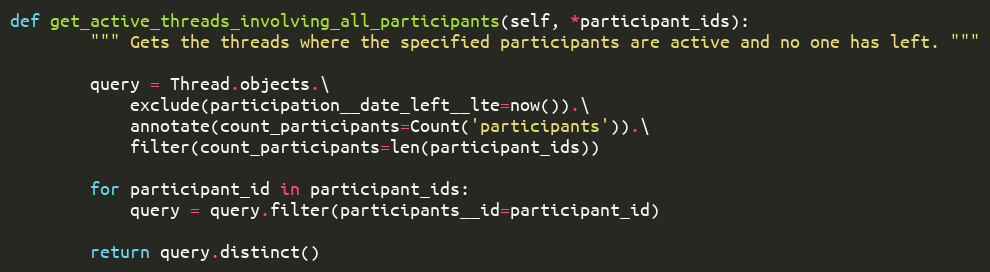
Language: Python
def get_active_threads_involving_all_participants(self, *participant_ids):
        """ Gets the threads where the specified participants are active and no one has left. """

        query = Thread.objects.\
            exclude(participation__date_left__lte=now()).\
            annotate(count_participants=Count('participants')).\
            filter(count_participants=len(participant_ids))

        for participant_id in participant_ids:
            query = query.filter(participants__id=participant_id)

        return query.distinct()